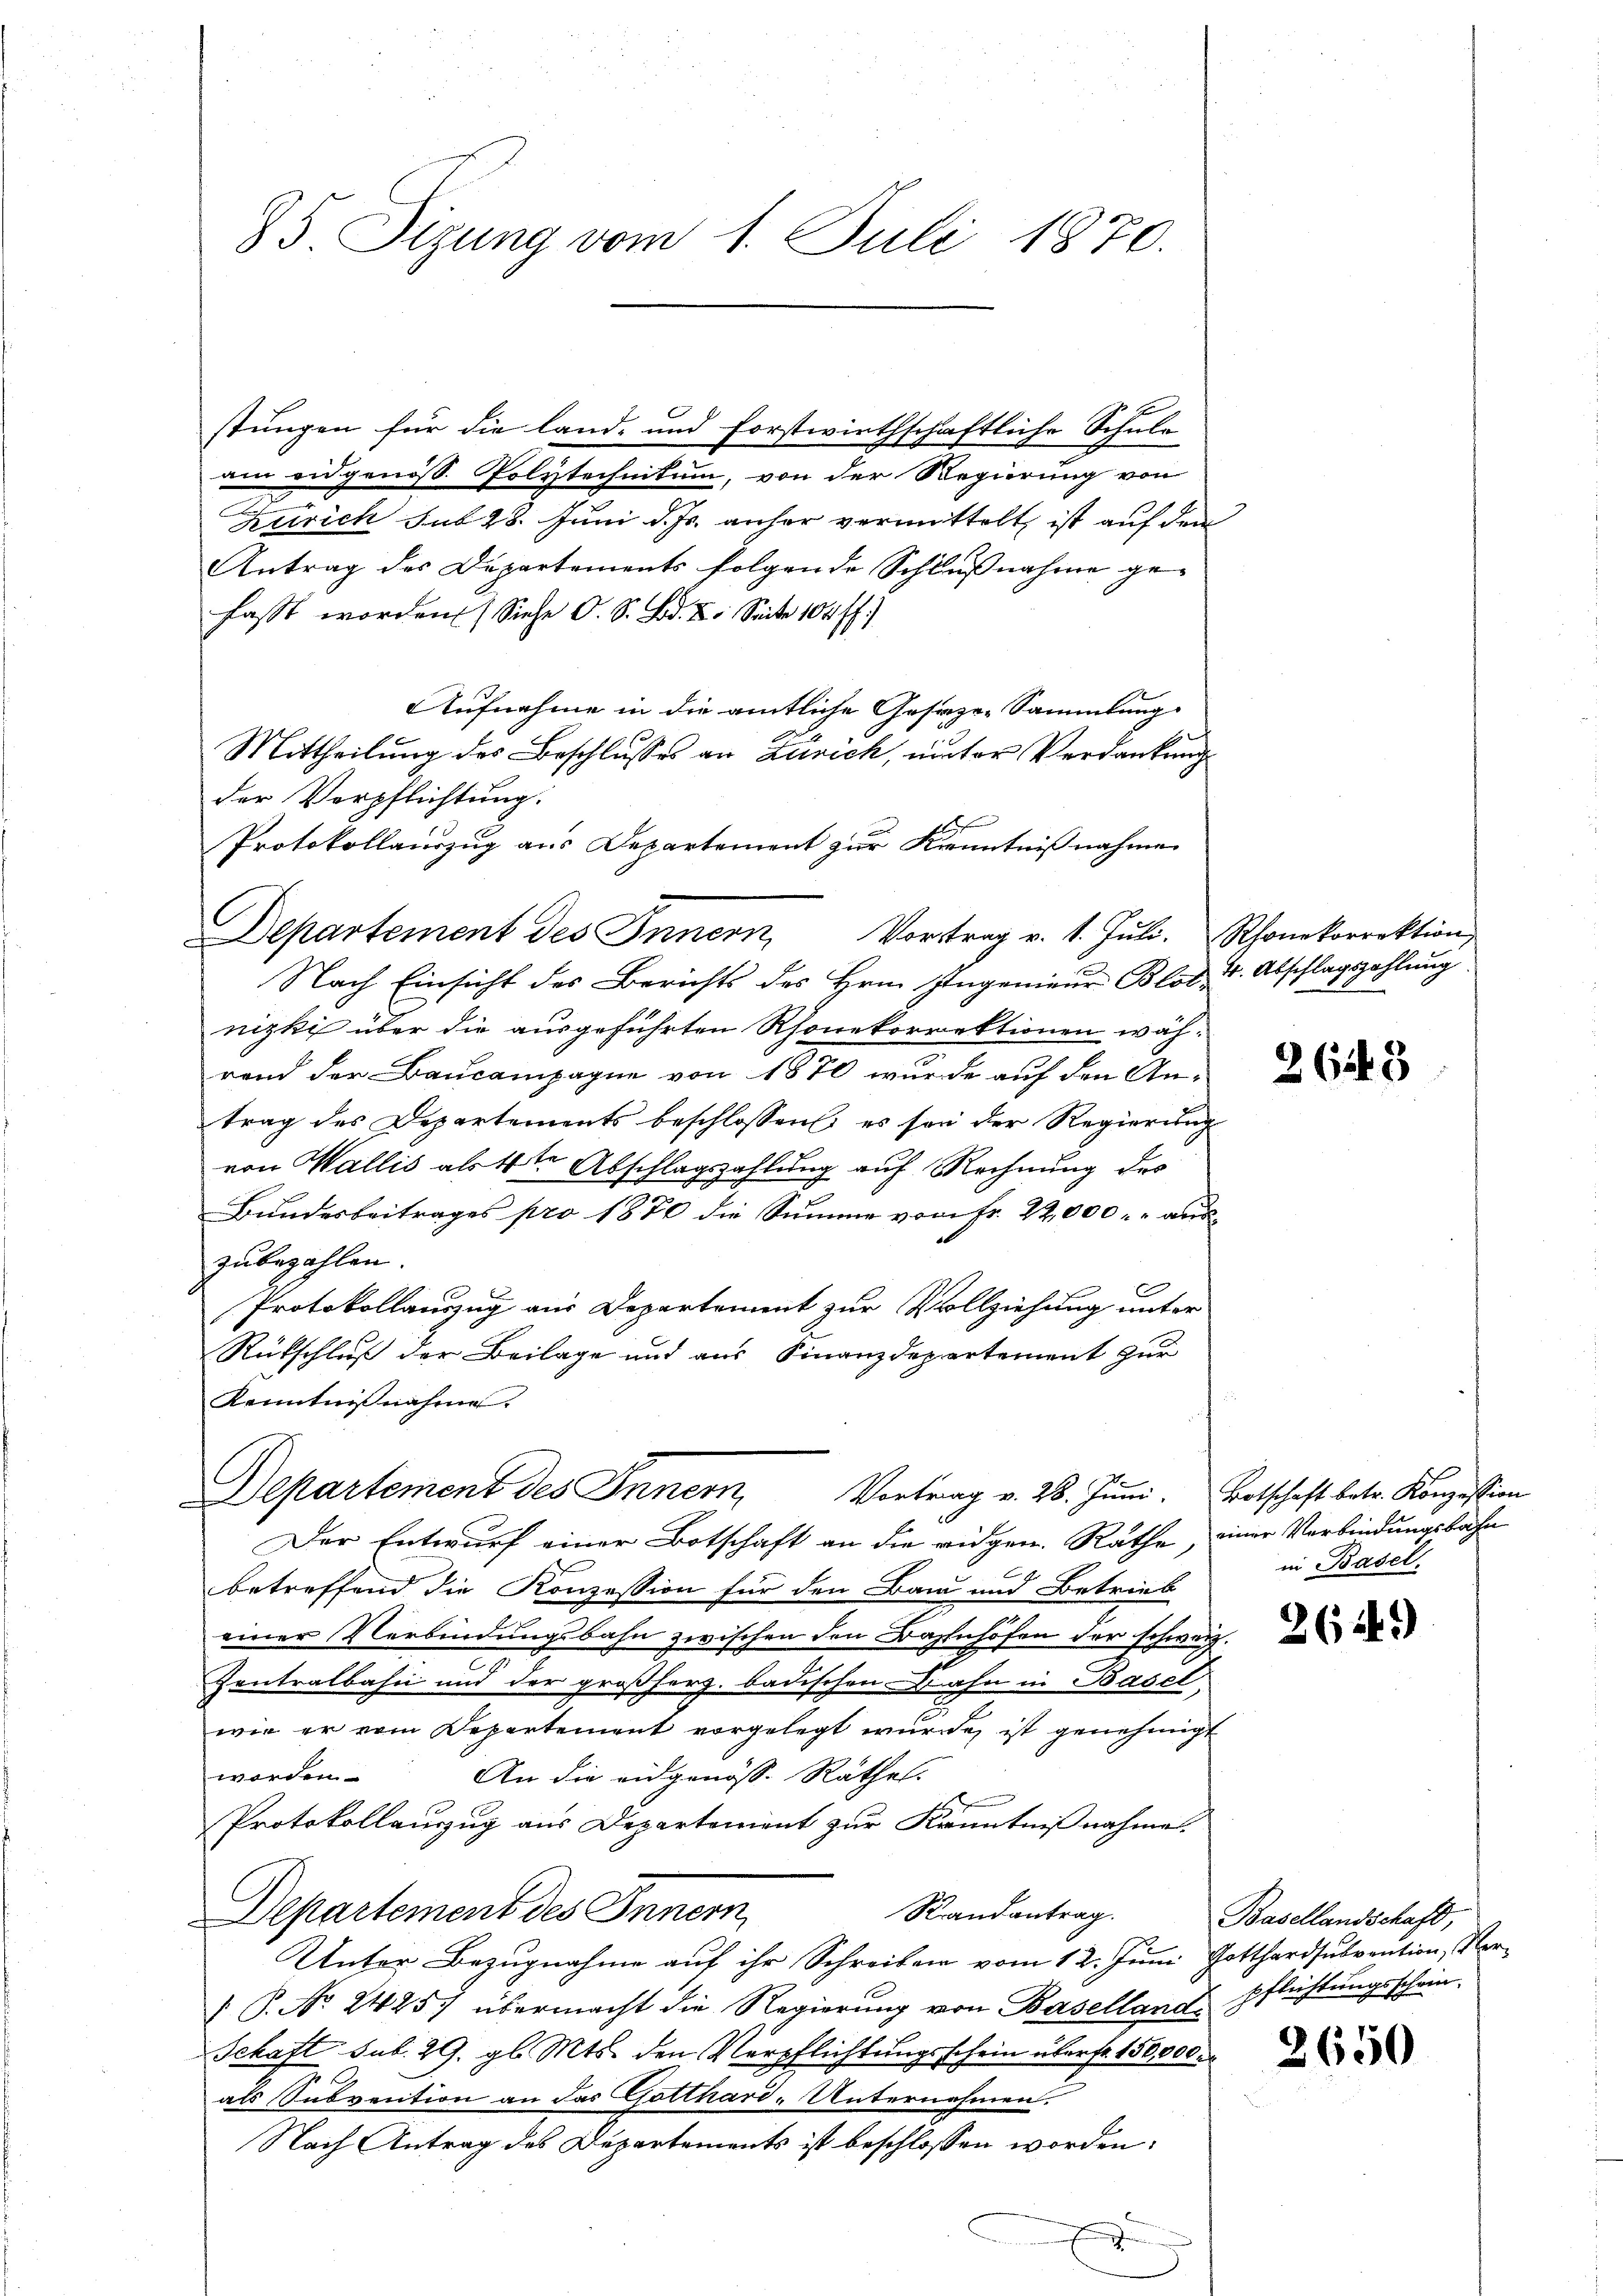
stungen für die land- und forstwirthschaftliche Schule
am eidgenöss. Polytechnitum, von der Regierung von
Zürich sub 28. Juni d. Js. anher vermittelt, ist auf den
Antrag des Departements folgende Schlŭβnahme gefasst worden. (Siehe O. S. Bd. 2. Seite 104 ff.)
Aufnahme in die amtliche Gesaze-Sammlung
Mittheilung des Beschlusses an Zürich, unter Verdankung
der Verpflichtung.
.
Protokollauszug aus Departement zur Kenntnißnahme
Nach Einsicht des Berichts des Hrn. Ingenieur Blot, u. Abschlagszahlung
nizki über die ausgeführten Rhonekorrektionen wäh-
rend der Baucampagne von 1870 wurde auf den An-
trag des Departements beschlossen, es son der Regierŭng
von Wallis als 4ten Abschlagszahlung auf Rechnung des
Bundesbeitrages pro 1870 die Summe von Fr. 22,000 auszubezahlen.
c
Protokollauszug aus Departement zur Vollziehung unter
Rückschluß der Beilage und aus Finanzdepartement zur
Kenntnißnahme.
Departement des Inner, Vortrag v. 28. Juni. Botschaft betr. Konzession
Der Entwurf einer Botschaft an die eidgen. Räthe, einer Verbindungsbahn
betreffend die Konzession für den Bau und Betrieb
einer Verbindungsbahn zwischen den Bahnhöfen der schweiz.
Zentralbahn und der großherz. badischen Bahn in Basel
wie er vom Departement vorgelegt wurde ist genehmigt
worden.
An die eidgenöss. Räthe.
Protokollauszug aus Departement zur Kenntnißnahmen.
Randantrag.
Departement des Innern
Unter Bezugnahme auf ihr Schreiben vom 12. Juni Gotthardsubvention, Vor¬
 P. No 24257 übermacht die Regierung von Baselland pflichtungsschein
Schaft sub. 29. gl. Mts. den Verpflichtungsschein überst 150,000.
als Subvention an das Gotthard-Unternehmen.
Nach Antrag des Departements ist beschlossen worden:
e
u

85 Sizung vom 1. Juli 1870.

Departement des Innern Vortrag v. 1. Jŭli. Rhonkorrektion,

26143

in Basel.

2624)

Basellandschaft,

2650